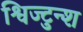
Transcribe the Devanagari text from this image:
श्विज्टुन्श